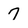
Character: 7